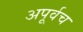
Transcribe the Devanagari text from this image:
अपूर्वच